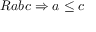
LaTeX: R a b c \Rightarrow a \leq c